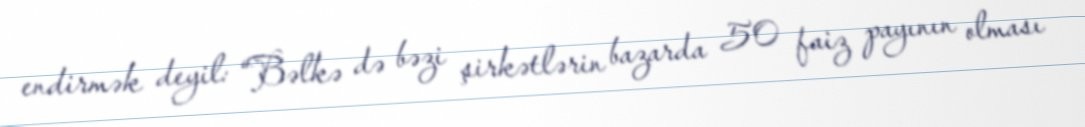
endirmək deyil: “Bəlkə də bəzi şirkətlərin bazarda 50 faiz payının olması